Vaccination in Bombay 1924-1928 - 1924-1928
Year: 1924
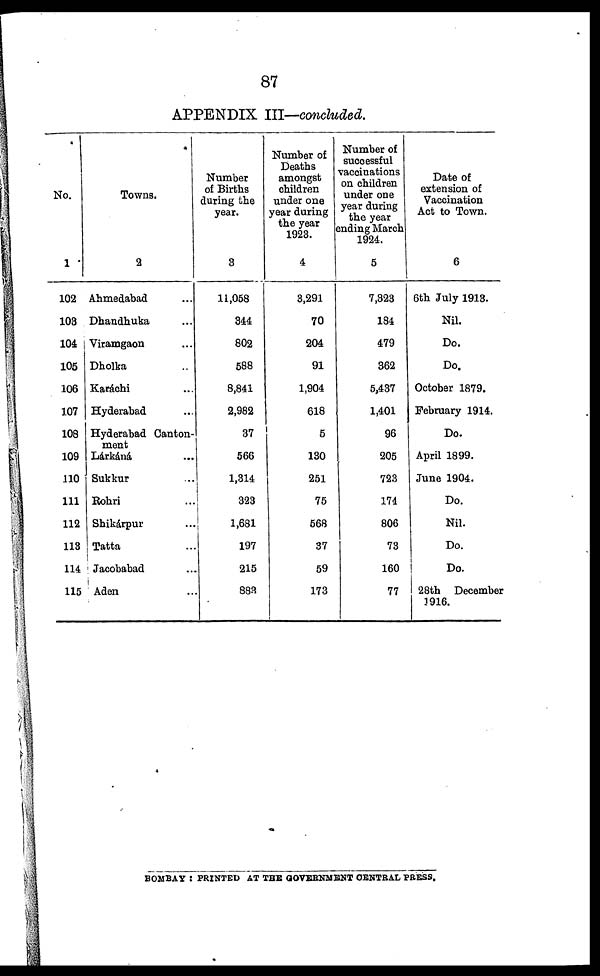
87
APPENDIX III—concluded.
No.
1
102
103
104
105
106
107
108
109
110
111
112
113
114
115
Towns.
2
Ahmedabad ...
Dhandhuka ...
Viramgaon ...
Dholka ...
Karáchi ...
Hyderabad ...
Hyderabad Canton-
ment
Lárkáná ...
Sukkur ...
Rohri ...
Shikárpur ...
Tatta ...
Jacobabad ...
Aden ...
Number
of Births
during the
year.
3
11,058
344
802
588
8,841
2,982
37
566
1,314
323
1,681
197
215
883
Number of
Deaths
amongst
children
under one
year during
the year
1923.
4
3,291
70
204
91
1,904
618
5
130
251
75
568
37
59
173
Number of
successful
vaccinations
on children
under one
year during
the year
ending March
1924.
5
7,323
184
479
362
5,437
1,401
96
205
723
174
806
73
160
77
Date of
extension of
Vaccination
Act to Town.
6
6th July 1913.
Nil.
Do.
Do.
October 1879.
February 1914.
Do.
April 1899.
June 1904.
Do.
Nil.
Do.
Do.
28th December
1916.
BOMBAY : PRINTED AT THE GOVERNMENT CENTRAL PRESS.